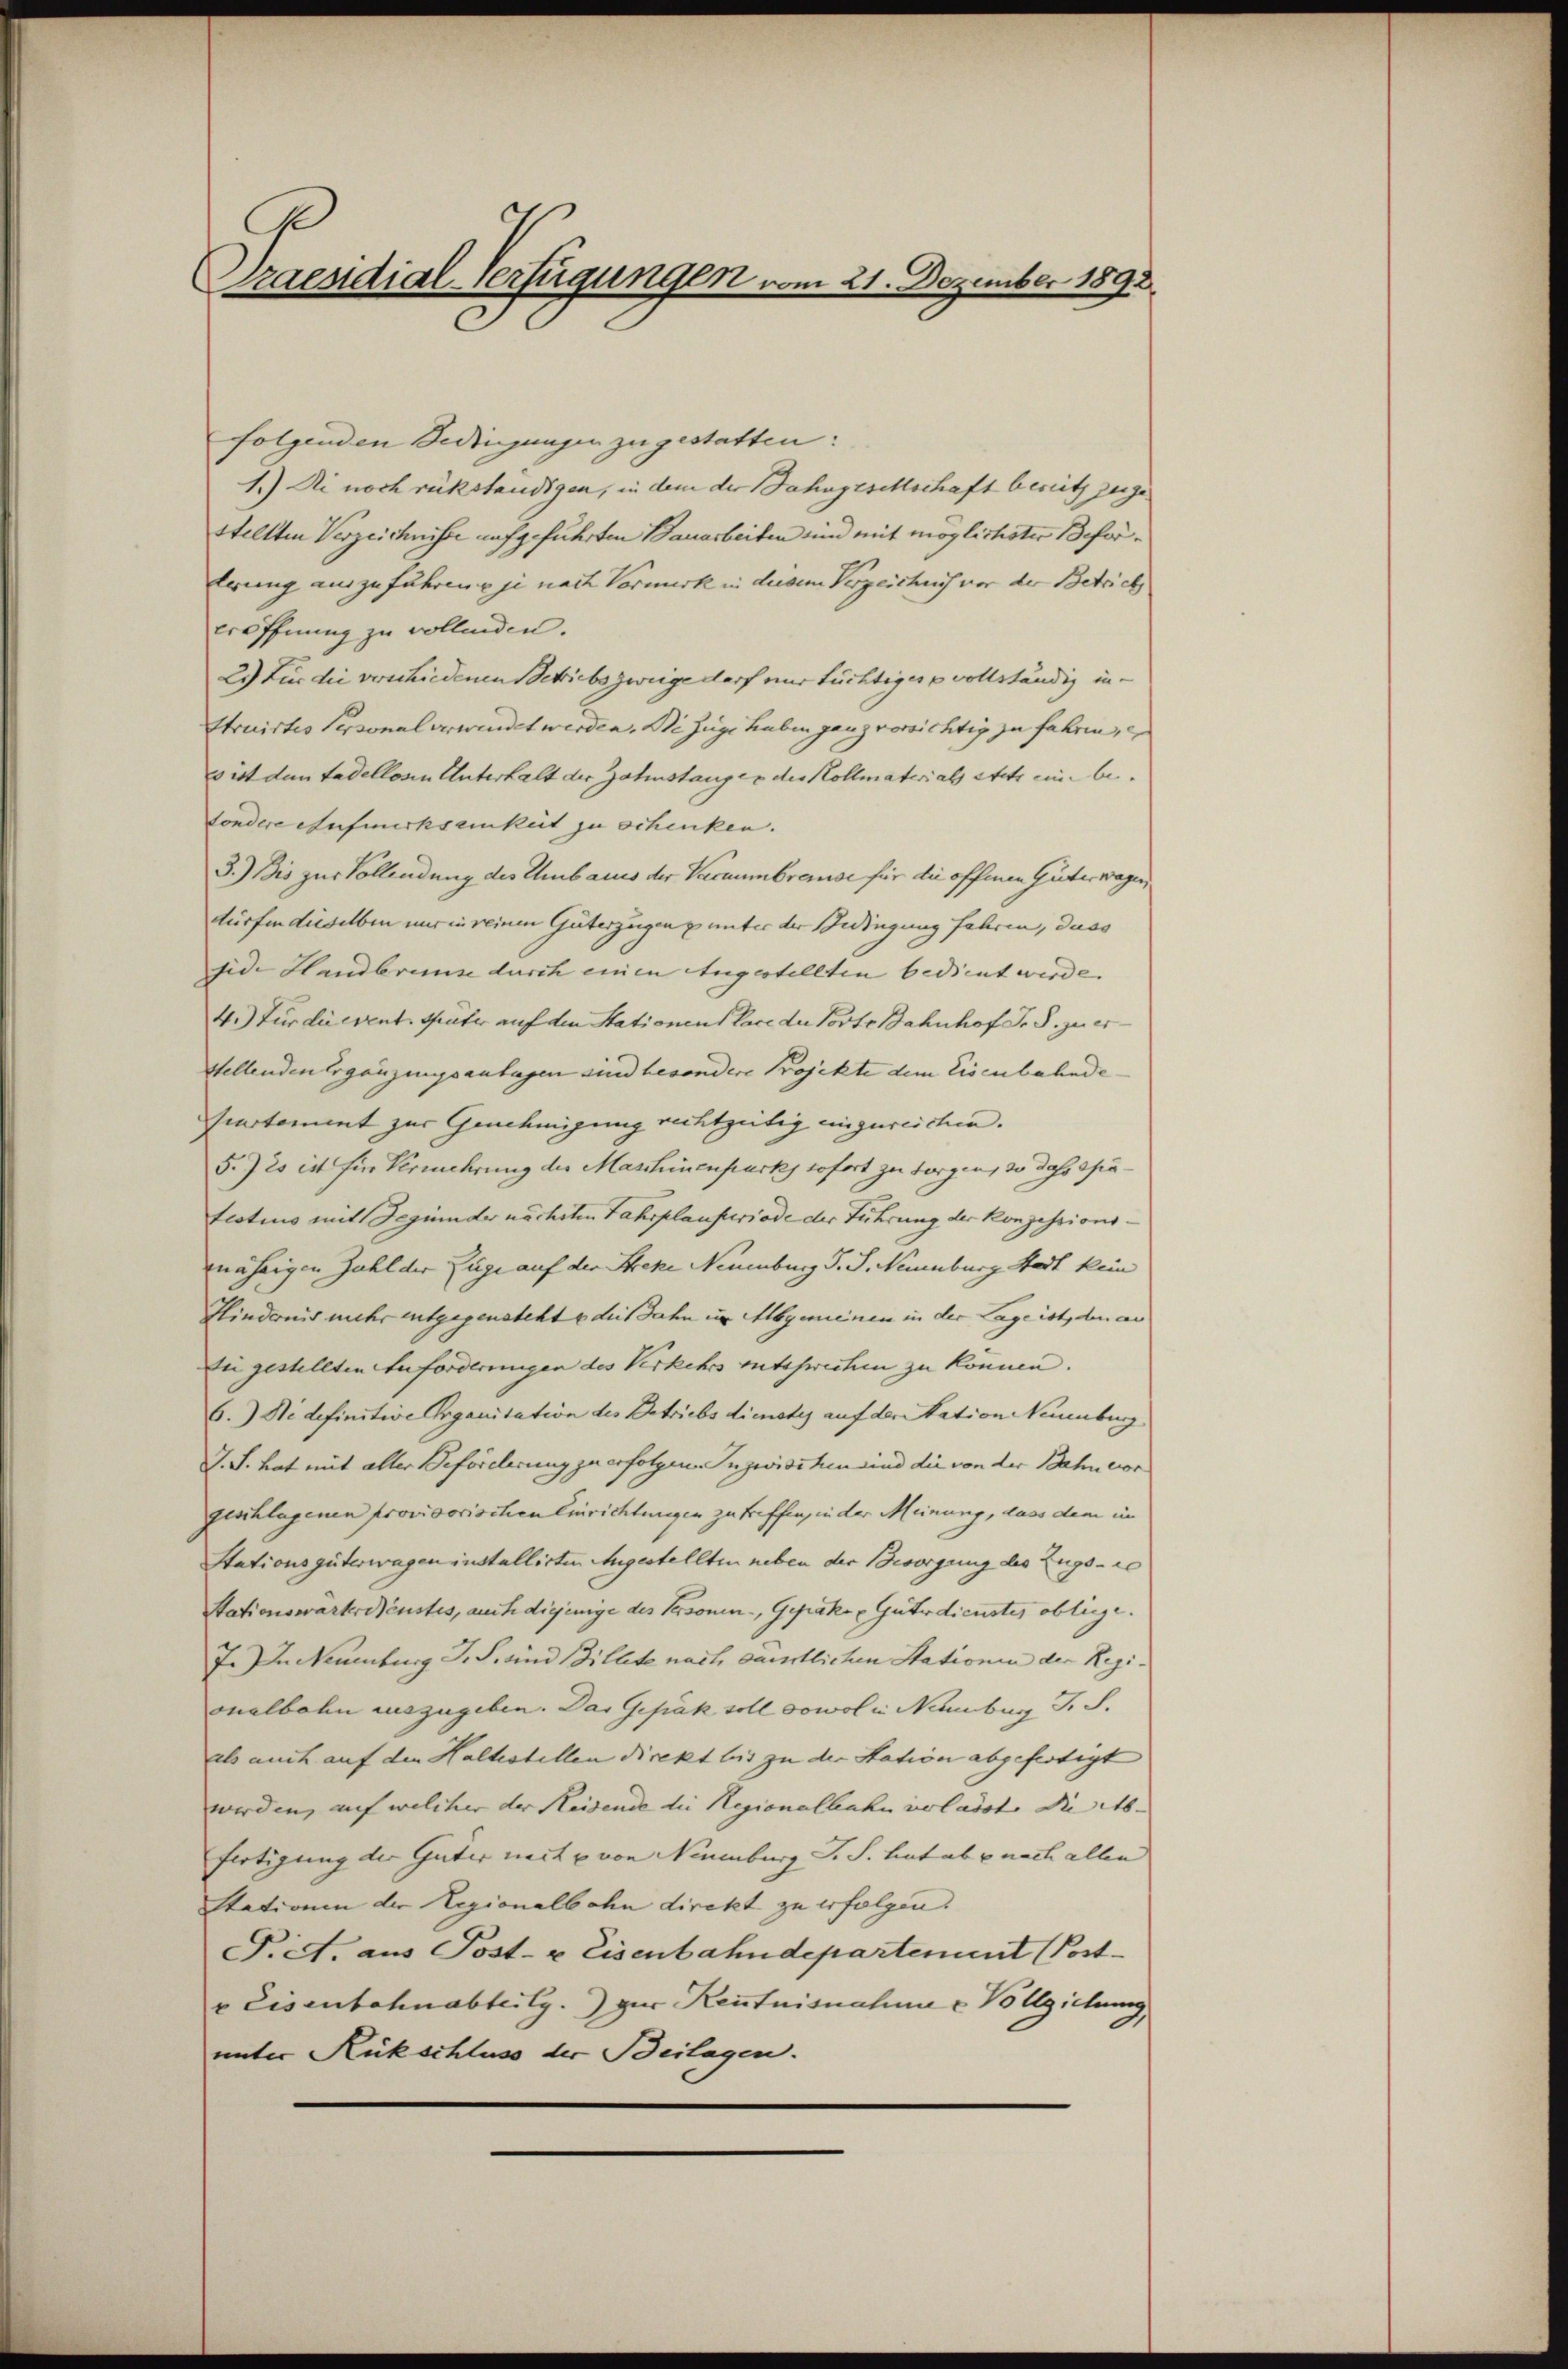
Draendial-Verfügungen vom 21. Dezember 1892

folgenden Bedingungen zu gestatten:
1.) Di noch rükständigen, in dem der Bahngesellschaft bereitz zugestellten Verzeichnisse aufgeführten Bauarbeiten sind mit möglichster Befor¬
Errung auszuführen u je nach Vormerk in disem Verzeichnis vor der Betrich
eröffnung zu vollenden.
2.) Für die verschiedenen Betriebszweige darf nur tüchtiger u vollständig in¬
Struirtes Personal verwindet werden. Die Zuge haben ganz vorsichtig zu fahren,
bist den tadellosen Unterhalt der Zahnstanges des Kollmaterials stets eine be
sondere Aufmerksamkeit zu schenken. |
3.) Bis zur Vollendung des Umbacus der Vacaumbreise für die offenen Güterwagen,
dürfen dieselben nur in reinen Güterzügen unter der Bedingung fahren, dass
sid. Handbruns durch einen Augestellten bedient werde.
4.) Für die event. Später auf den Stationen lace der Vorte Bahnhof I. §. zu er¬
Stellenden Ergänzungsanlagen sind besondere Projekte dem Eisenbahndesiertement zur Genehmigung rechtzeitig einzureichen.
5.) Es ist für Vermehrung der Maschinenpuck, sofort zu sorgen, so das Prätestius mit Beginn der nächsten Fahrplauferiode der Führung der Konzessionsmährigen Zahl der Züge auf der Streke Neuenburg d. J. Neuenburg Stadt kein
Hindernis mehr entgegensteht e des Jahn im Allgemeinen in der Lage ist, den an
dee gestellten Anforderungen des Verkehrs entsprechen zu können.
6.) Nidefinitive Organitation des Betriebsdienstes auf der Station Neuenburg
J. S. hat mit aller Beförderung zu erfolgen. Inzwischen sind die von der Bahn vor
geschlagenen provisorischen Einrichtungen zu treffen, in der Meinung, dass dem in
Stationsgüterwagen installirten Angestellten neben der Besorgung des Zugs- re
Stationswarterdienstes, auch diejenige des Personen-, Gepäko Güterdienstes obliege.
7. II. Neuenburg S. S. sind Billete nach sämmtlichen Stationen der Regionalbahn auszugeben. Das Geprák soll sowol in Neuenburg S. S.
als auch auf den Haltestellen direkt bis zu der Station abgefertigt
werden, auf welcher der Reisende die Regionalbahn verlasst die Ab-
fertigung der Güter weit u von Neuenburg S. S. hat ab e nach allen
Stationen der Regionalbahn direkt zu erfolgen.
P.c. aus Post- u Eisenbahndepartement (Post-
v Eisenbahnabteilg.) zur Kenntnisnahme & Vollziehung,
unter Rückschluss der Beilagen.